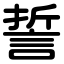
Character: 誓